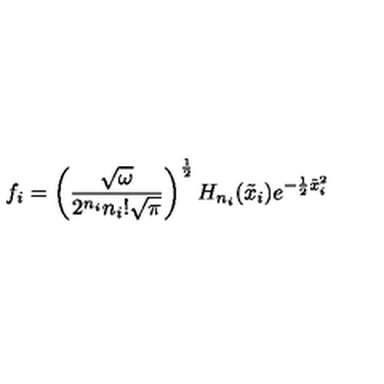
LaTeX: f _ { i } = \left( \frac { \sqrt { \omega } } { 2 ^ { n _ { i } } n _ { i } ! \sqrt { \pi } } \right) ^ { \frac { 1 } { 2 } } H _ { n _ { i } } ( \tilde { x } _ { i } ) e ^ { - \frac { 1 } { 2 } \tilde { x } _ { i } ^ { 2 } }